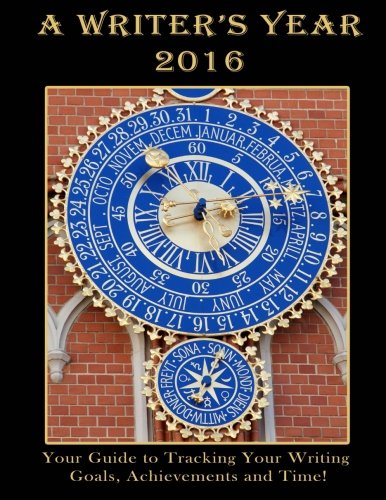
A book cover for A Writer's Year 2016; Moira Allen; Business & Money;